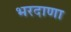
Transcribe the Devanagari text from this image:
भरदाणा